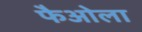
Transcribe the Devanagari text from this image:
फैओला